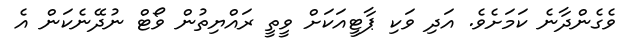
ވެގެންދާނެ ކަމަށެވެ. އަދި ވަކި ޕާޓީއަކަށް ވީތީ ރައްޔިތުން ވޯޓް ނުދޭނެކަން އެ